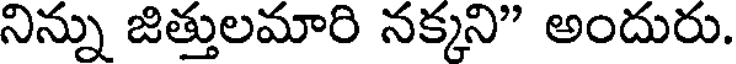
నిన్ను జిత్తులమారి నక్కని" అందురు.